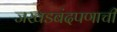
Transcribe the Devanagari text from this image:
जखडबंदपणाची